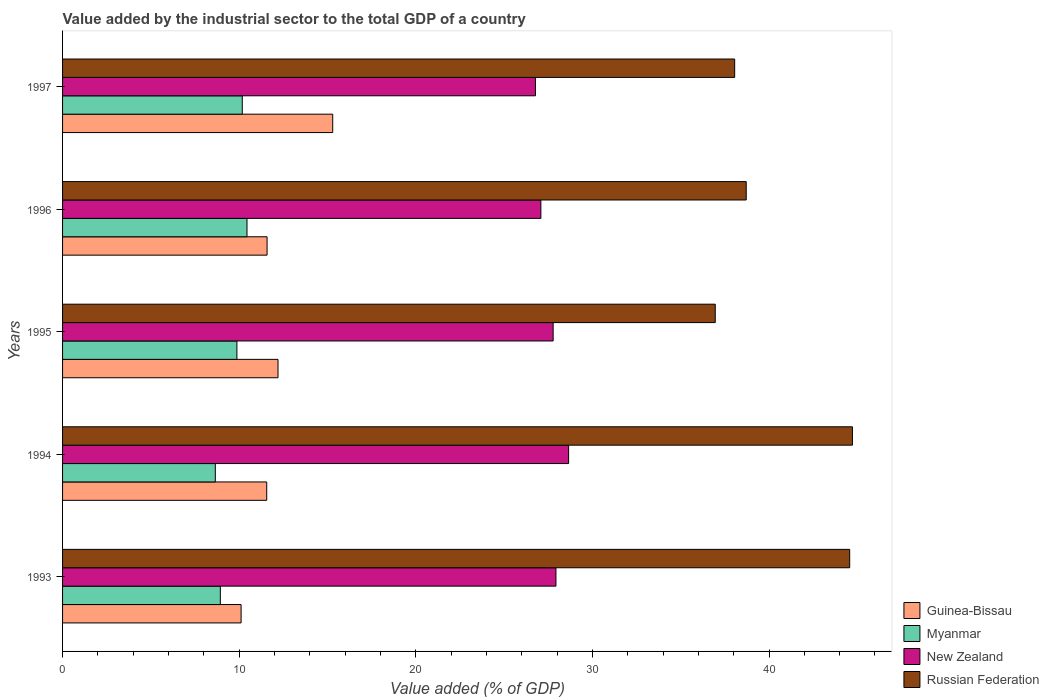
| Years | Guinea-Bissau | Myanmar | New Zealand | Russian Federation |
 | --- | --- | --- | --- | --- |
 | 1993 | 10.1 | 8.93 | 27.9 | 44.6 |
 | 1994 | 11.6 | 8.65 | 28.7 | 44.7 |
 | 1995 | 12.2 | 9.87 | 27.8 | 37 |
 | 1996 | 11.6 | 10.4 | 27.1 | 38.7 |
 | 1997 | 15.3 | 10.2 | 26.8 | 38.1 |